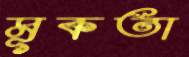
মূকতা